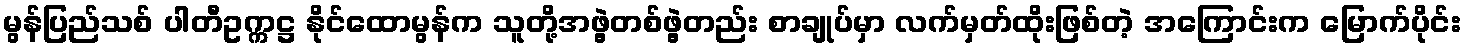
မွန်ပြည်သစ် ပါတီဥက္ကဋ္ဌ နိုင်ထောမွန်က သူတို့အဖွဲ့တစ်ဖွဲ့တည်း စာချုပ်မှာ လက်မှတ်ထိုးဖြစ်တဲ့ အကြောင်းက မြောက်ပိုင်း